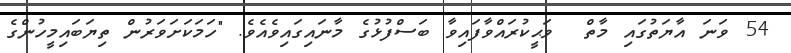
54 ވަނަ އާޔަތުގައި މާތް  ވަޙީކުރައްވާފައިވާ ބަސްފުޅުގެ މާނައިގައިވެއެވެ. "ހަމަކަށަވަރުން ތިޔަބައިމީހުންގެ